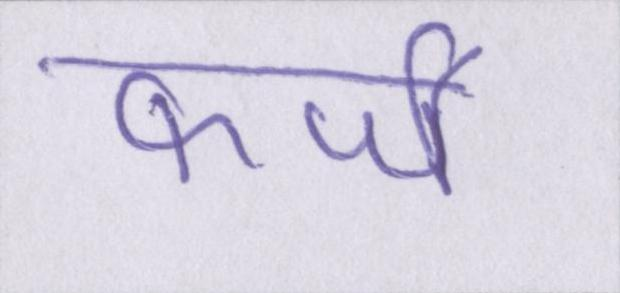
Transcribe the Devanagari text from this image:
फर्जी